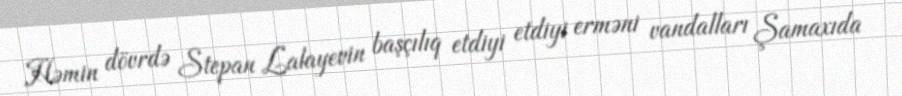
Həmin dövrdə Stepan Lalayevin başçılıq etdiyi etdiyi erməni vandalları Şamaxıda